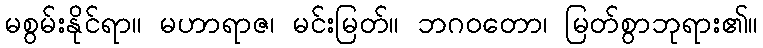
မစွမ်းနိုင်ရာ။ မဟာရာဇ၊ မင်းမြတ်။ ဘဂဝတော၊ မြတ်စွာဘုရား၏။